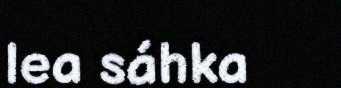
lea sáhka